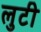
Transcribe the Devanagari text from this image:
लुटी